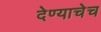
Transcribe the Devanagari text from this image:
देण्याचेच